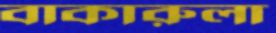
বাকারুলা